Vaccination Hyderabad 1890-1903 - 1890-1903
Year: 1890
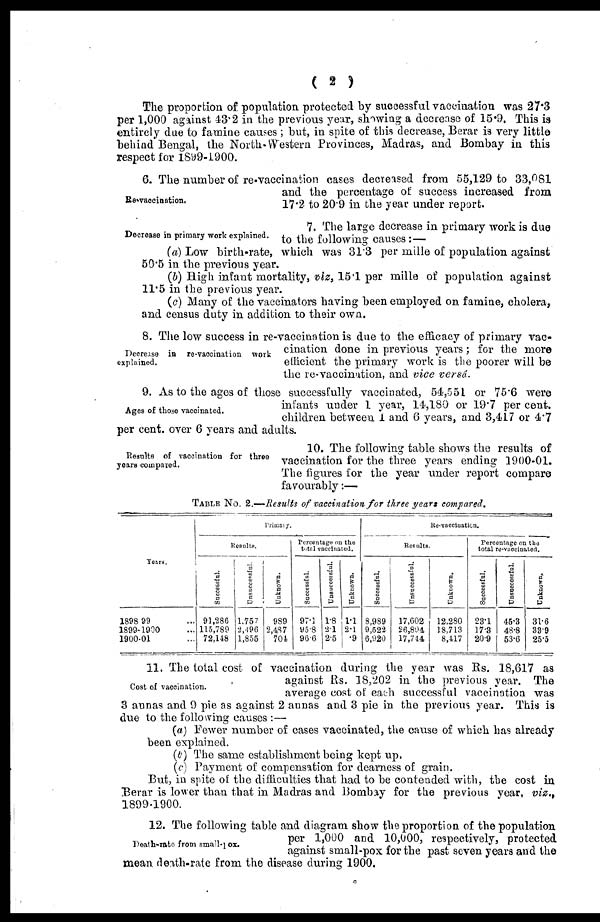
( 2 )
The proportion of population protected by successful vaccination was 27.3
per 1,000 against 43.2 in the previous year, showing a decrease of 15.9. This is
entirely due to famine causes ; but, in spite of this decrease, Berar is very little
behind Bengal, the North-Western Provinces, Madras, and Bombay in this
respect for 1899-1900.
Re-vaccination.
6. The number of re-vaccination cases decreased from 55,129 to 33,081
and the percentage of success increased from
17.2 to 20.9 in the year under report.
Decrease in primary work explained.
7. The large decrease in primary work is due
to the following causes:—
(a) Low birth-rate, which was 31.3 per mille of population against
50.5 in the previous year.
(b) High infant mortality, viz,15.1 per mille of population against
11.5 in the previous year.
(c) Many of the vaccinators having been employed on famine, cholera,
and census duty in addition to their own.
Decrease in re-vaccination work
explained.
8. The low success in re-vaccination is due to the efficacy of primary vac-
cination done in previous years; for the more
efficient the primary work is the poorer will be
the re-vaccination, and vice versâ.
Ages of those vaccinated.
9. As to the ages of those successfully vaccinated, 54,551 or 75.6 were
infants under 1 year, 14,180 or 19.7 per cent.
children between 1 and 6 years, and 3,417 or 4.7
per cent. over 6 years and adults.
Results of vaccination for three
years compared.
10. The following table shows the results of
vaccination for the three years ending 1900-01.
The figures for the year under report compare
favourably:—
TABLE No. 2.—Results of vaccination for three years compared.
Years.
1898-99 ...
1899-1900 ...
1900-01 ...
Primaly.
Results.
Successful.
91,286
115,789
72,148
Unsuccessful.
1,757
2,496
1,855
Unknown.
989
2,437
704
Percentage on the
total vaccinated.
Successful.
97.1
95.8
96.6
Unsuccessful.
1.8
2.1
2.5
Unknown.
1.1
2.1
.9
Re-vaccination.
Results.
Successful.
8,989
9,522
6,920
Unsuccessful.
17,602
26,804
17,744
Unknown.
12,280
18,713
8,417
Percentage on the
total re-vaccinated.
Successful.
23.1
17.3
20.9
Unsuccessful.
45.3
48.8
53.6
Unknown.
31.6
33.9
25.5
Cost of vaccination.
11. The total cost of vaccination during the year was Rs. 18,617 as
against Rs. 18,202 in the previous year. The
average cost of each successful vaccination was
3 annas and 9 pie as against 2 annas and 3 pie in the previous year. This is
due to the following causes :—
(a) Fewer number of cases vaccinated, the cause of which has already
been explained.
(b) The same establishment being kept up.
(c) Payment of compensation for dearness of grain.
But, in spite of the difficulties that had to be contended with, the cost in
Berar is lower than that in Madras and Bombay for the previous year, viz.,
1899-1900.
Death-rate from small-pox.
12. The following table and diagram show the proportion of the population
per 1,000 and 10,000, respectively, protected
against small-pox for the past seven years and the
mean death-rate from the disease during 1900.